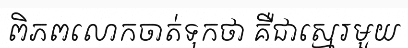
ពិភពលោកចាត់ទុកថា គឺជាស្មេរមួយ